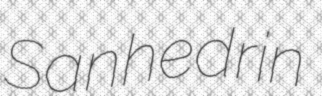
Sanhedrin